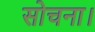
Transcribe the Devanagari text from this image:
सोचना।